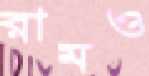
রামও